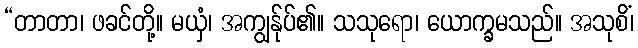
“တာတာ၊ ဖခင်တို့။ မယှံ၊ အကျွန်ုပ်၏။ သသုရော၊ ယောက္ခမသည်။ အသုစိံ၊